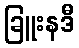
ခြူးနဒီ